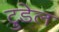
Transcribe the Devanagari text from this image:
ट्रुडेल